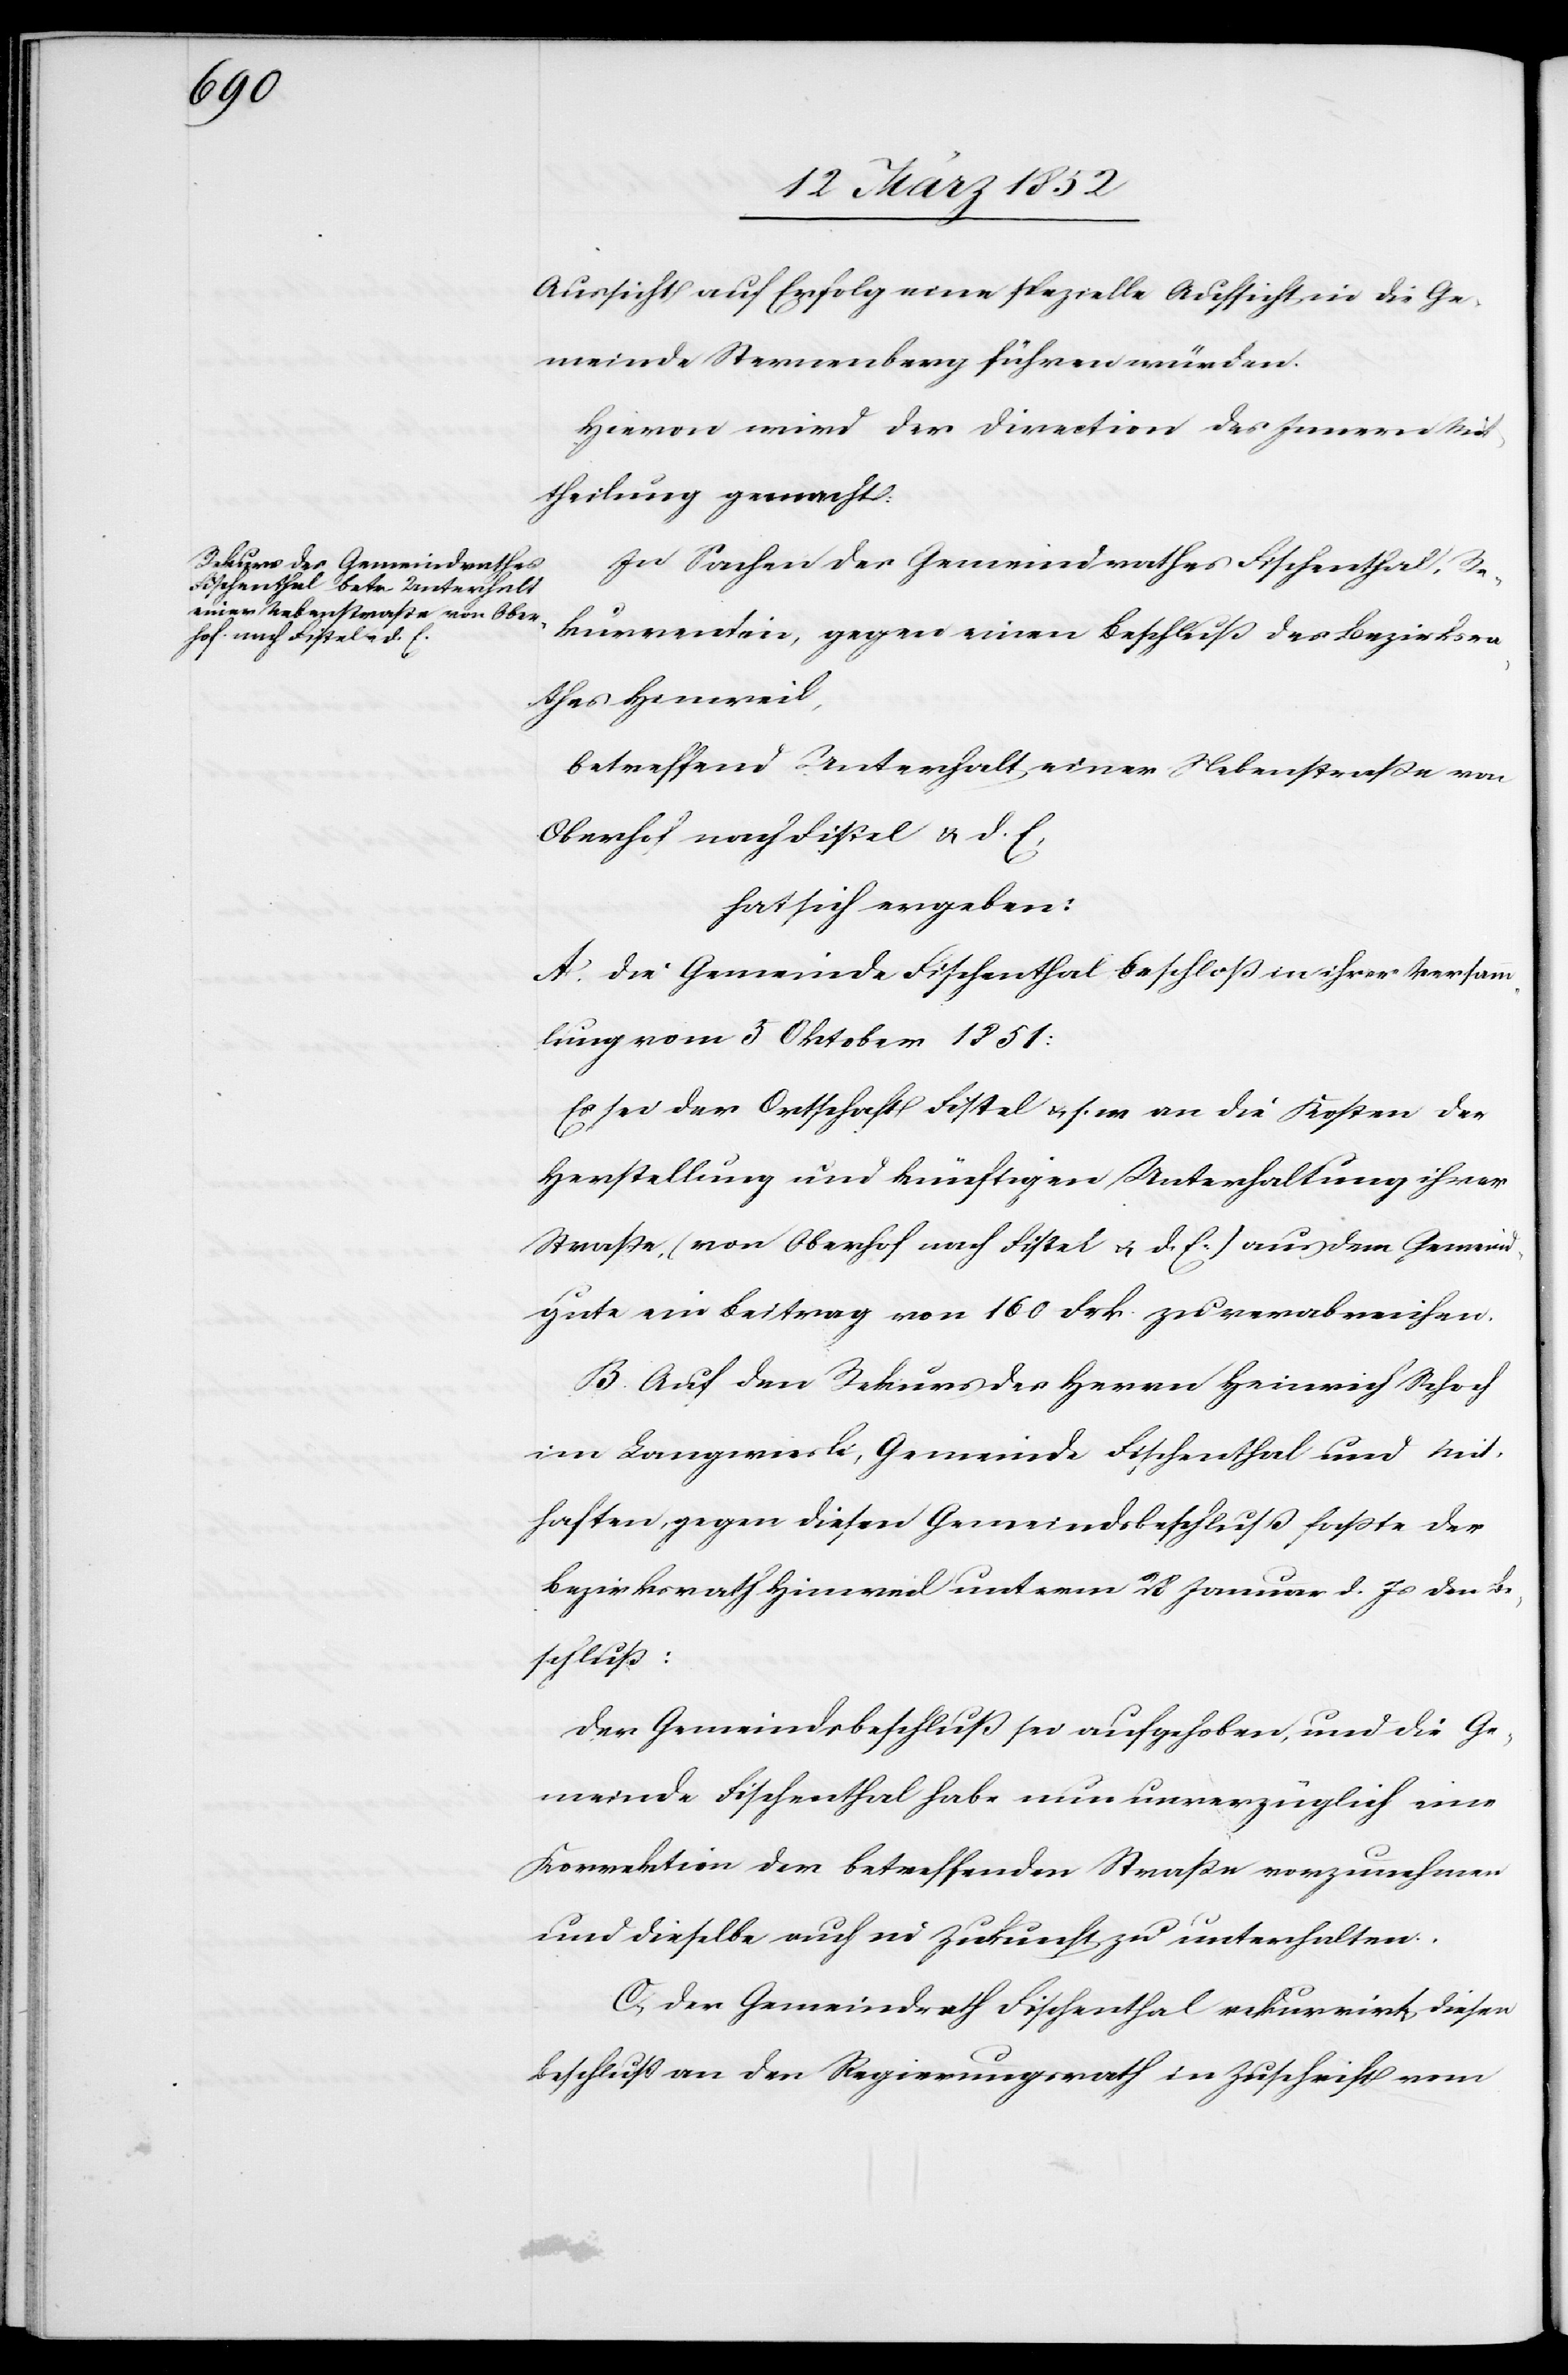
Aussicht auf Erfolg eine spezielle Aufsicht in die Ge¬
meinde Sternenberg führen würden.
Hievon wird der Direction des Innern Mit¬
theilung gemacht.
In Sachen des Gemeindrathes Fischenthal, Re¬
kurrentin, gegen einen Beschluß des Bezirksra¬
thes Hinweil,
betreffend Unterhalt einer Nebenstraße von
Oberhof nach Fistel u. d. E,
hat sich ergeben:
A. Die Gemeinde Fischenthal beschloß in ihrer Versamm¬
lung vom 5 Oktober 1851:
Es sei der Ortschaft Fistel u. s. w. die Kosten der
Herstellung und künftigen Unterhaltung ihrer
Straße (von Oberhof nach Fistel u. d. E.) aus dem Gemeind¬
gute ein Beitrag von 160 Frk. zu verabreichen.
B. Auf den Rekurs des Herrn Heinrich Schoch
im Langenvierle, Gemeinde Fischenthal und Mit¬
haften, gegen diesen Gemeindsbeschluß faßte der
Bezirksrath Hinweil unterm 28 Januar l. Js den Be¬
schluß:
Der Gemeindsbeschluß sei aufgehoben, und die Ge¬
meinde Fischenthal habe nun unverzüglich eine
Korrektion der betreffenden Straße vorzunehmen
und dieselben auch in Zukunft zu unterhalten.
C. Der Gemeindrath Fischenthal rekurrirte diesen
Beschluß an den Regierungsrath in Zuschrift vom